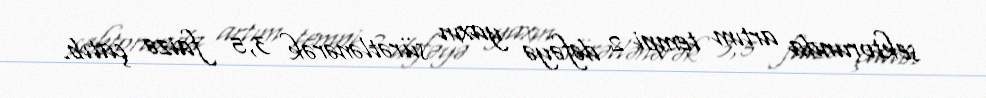
sektorunda artım tempi 2 dəfəyə yaxın sürətlənərək 3,5 faizə çatıb.